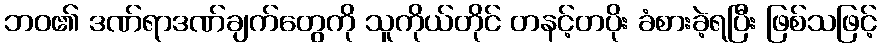
ဘဝ၏ ဒဏ်ရာဒဏ်ချက်တွေကို သူကိုယ်တိုင် တနင့်တပိုး ခံစားခဲ့ရပြီး ဖြစ်သဖြင့်